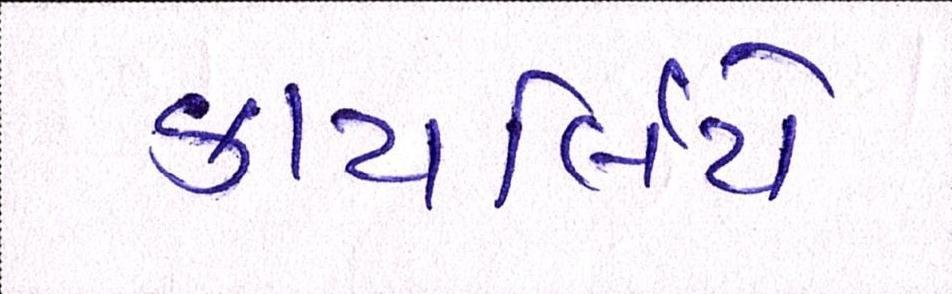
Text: કાયર્લિયે